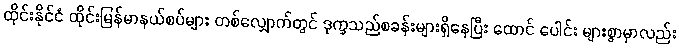
ထိုင်းနိုင်ငံ ထိုင်းမြန်မာနယ်စပ်များ တစ်လျှောက်တွင် ဒုက္ခသည်စခန်းများရှိနေပြီး ထောင် ပေါင်း များစွာမှာလည်း